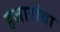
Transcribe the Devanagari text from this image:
हजारांवा